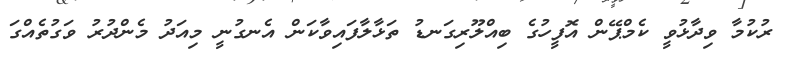
ރުކުމާ ވިދާޅުވީ ކެމްޕޭން އޮފީހުގެ ބިއްލޫރިގަނޑު ތަޅާލާފައިވާކަން އެނގުނީ މިއަދު މެންދުރު ވަގުތެއްގަ